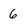
Character: 6